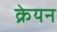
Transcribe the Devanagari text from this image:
क्रेयन